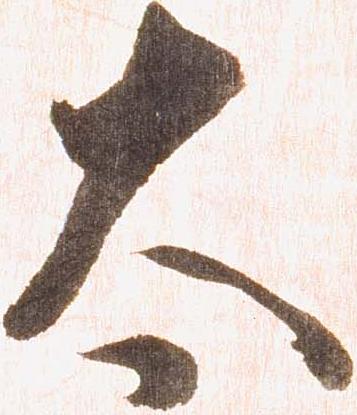
太